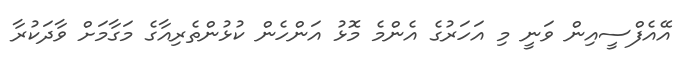
އޭއެފްސީއިން ވަނީ މި އަހަރުގެ އެންމެ މޮޅު އަންހެން ކުޅުންތެރިއާގެ މަގާމަށް ވާދަކުރާ